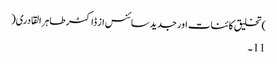
)تخلیق کائنات اور جدید سائنس از ڈاکٹر طاہر القادری(
11۔